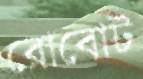
রোবোট